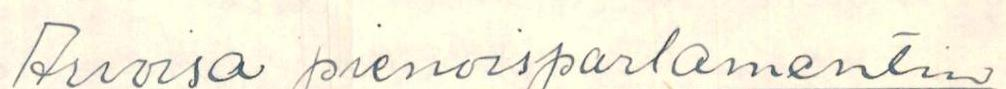
Arvoisa pienoisparlamentin